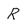
Character: R